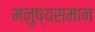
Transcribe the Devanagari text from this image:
मनुष्यसमान